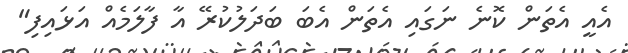
އެއީ އެތަން ކޮނެ ނަގައި އެތަން އެބަ ބަދަލުކުރޭ އާ ފާލަމެއް އަޅައިފި"